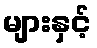
များနှင့်